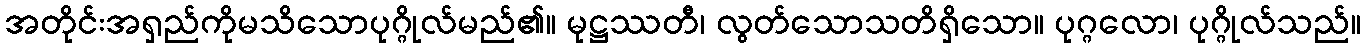
အတိုင်းအရှည်ကိုမသိသောပုဂ္ဂိုလ်မည်၏။ မုဋ္ဌဿတီ၊ လွတ်သောသတိရှိသော။ ပုဂ္ဂလော၊ ပုဂ္ဂိုလ်သည်။